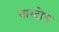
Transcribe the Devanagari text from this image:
वारदोष